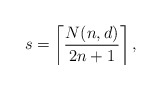
\begin{align*} s = \left\lceil \frac{N(n,d)}{2n + 1} \right\rceil,\end{align*}